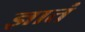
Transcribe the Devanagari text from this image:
ज्ञातं